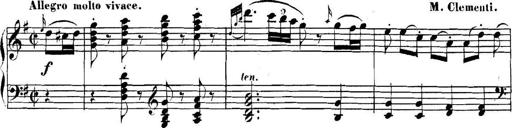
Title: Collected Piano Sonatas
Composer: Muzio Clementi